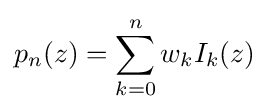
p_{n}(z)=\sum _{k=0}^{n}w_{k}I_{k}(z)